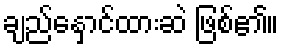
ချည်နှောင်ထားဆဲ ဖြစ်၏။